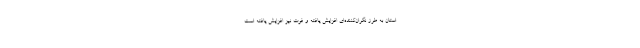
استان به طرز نگران‌کننده‌ای افزایش یافته و فوت نیز افزایش یافته است.